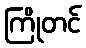
ကြိုတင်